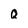
Character: Q